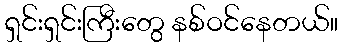
ရှင်းရှင်းကြီးတွေ နစ်ဝင်နေတယ်။